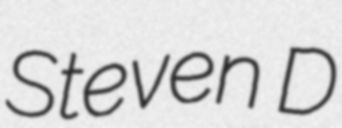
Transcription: Steven D